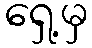
ရှေ့မှ